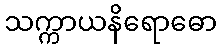
သက္ကာယနိရောဓော